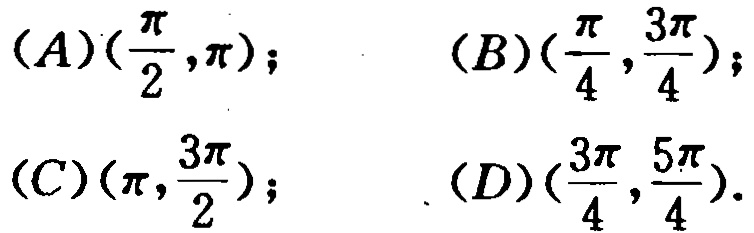
\((A)(\frac{\pi}{2},\pi);\quad (B)(\frac{\pi}{4},\frac{3\pi}{4});\)
\((C)(\pi,\frac{3\pi}{2});\quad (D)(\frac{3\pi}{4},\frac{5\pi}{4}).\)